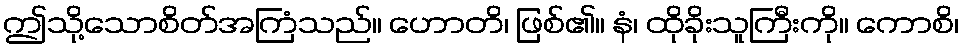
ဤသို့သောစိတ်အကြံသည်။ ဟောတိ၊ ဖြစ်၏။ နံ၊ ထိုခိုးသူကြီးကို။ ကောစိ၊